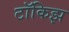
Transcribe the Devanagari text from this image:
टॉकिझ